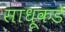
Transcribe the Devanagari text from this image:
साधूंकडे